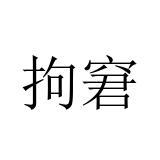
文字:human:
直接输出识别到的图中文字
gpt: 拘窘